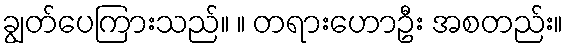
ချွတ်ပေကြားသည်။ ။ တရားဟောဦး အစတည်း။